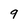
Character: 9